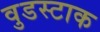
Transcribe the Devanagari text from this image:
वुडस्टाक